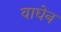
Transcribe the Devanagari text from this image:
वाघेन